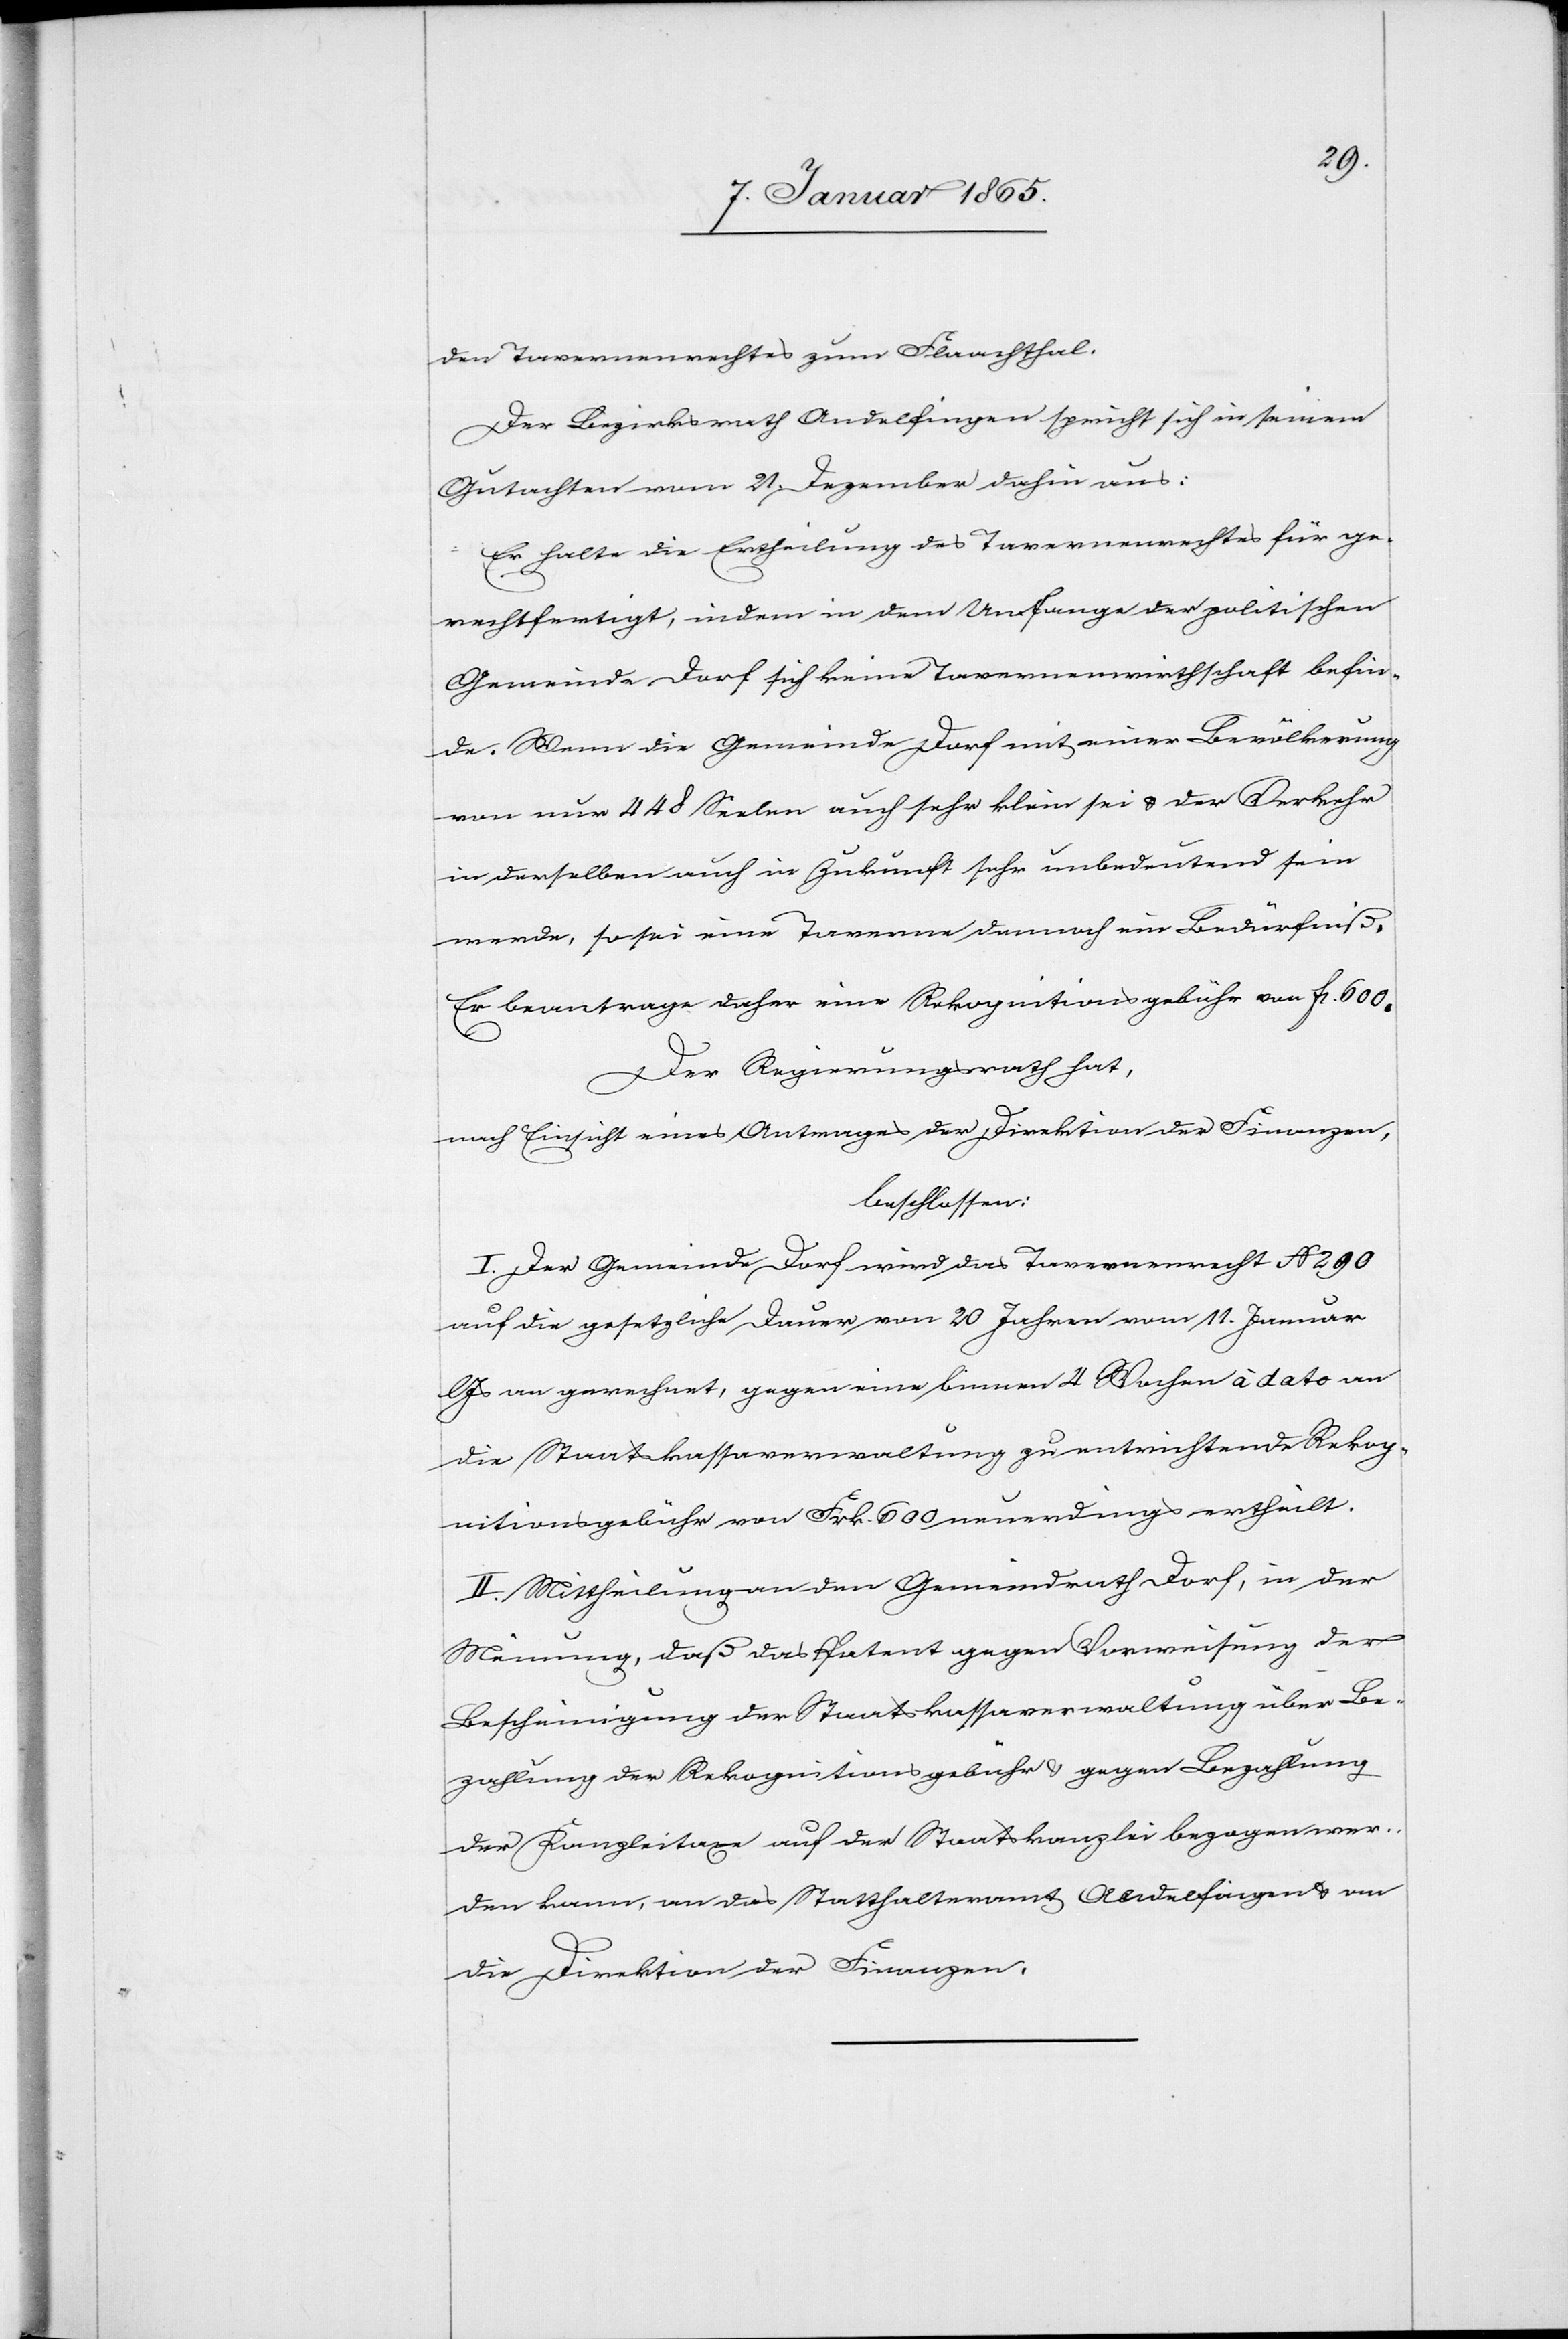
den Tavernenrechtes zum Flaachthal.
Der Bezirksrath Andelfingen spricht sich in seinem
Gutachten vom 21. Dezember dahin aus:
Er halte die Ertheilung des Tavernenrechts für ge¬
rechtfertigt, indem in dem Umfange der politischen
Gemeinde Dorf sich keine Tavernenwirthschaft befin¬
de. Wenn die Gemeinde Dorf mit einer Bevölkerung
von nur 448 Seelen auch sehr klein sei u. der Verkehr
in derselben auch in Zukunft sehr unbedeutend sein
werde, so sei eine Taverne dennoch ein Bedürfniß.
Er beantrage daher eine Rekognitionsgebühr von fr. 600.
Der Regierungsrath hat,
nach Einsicht eines Antrages der Direktion der Finanzen,
beschlossen:
I. Der Gemeinde Dorf wird das Tavernenrecht No 290
auf die gesetzliche Dauer von 20 Jahren vom 11. Januar
Js an gerechnet, gegen eine binnen 4 Wochen à dato an
die Staatskassaverwaltung zu entrichtende Rekog¬
nitionsgebühr von Frk. 600 neuerdings ertheilt.
II. Mittheilung an den Gemeindrath Dorf, in der
Meinung, daß das Patent gegen Vorweisung der
Bescheinigung der Staatskasssaverwaltung über Be¬
zahlung der Rekognitionsgebühr u. gegen Bezahlung
der Kanzleitaxe auf der Staatskanzlei bezogen wer¬
den kann, an das Statthalteramt Andelfingen u. an
die Direktion der Finanzen.